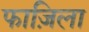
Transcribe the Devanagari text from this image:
फाज़िला